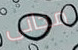
مجانى